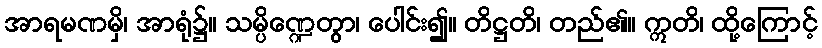
အာရမဏမှိ၊ အာရုံ၌။ သမ္ပိဏ္ဍေတွာ၊ ပေါင်း၍။ တိဋ္ဌတိ၊ တည်၏။ ဣတိ၊ ထို့ကြောင့်